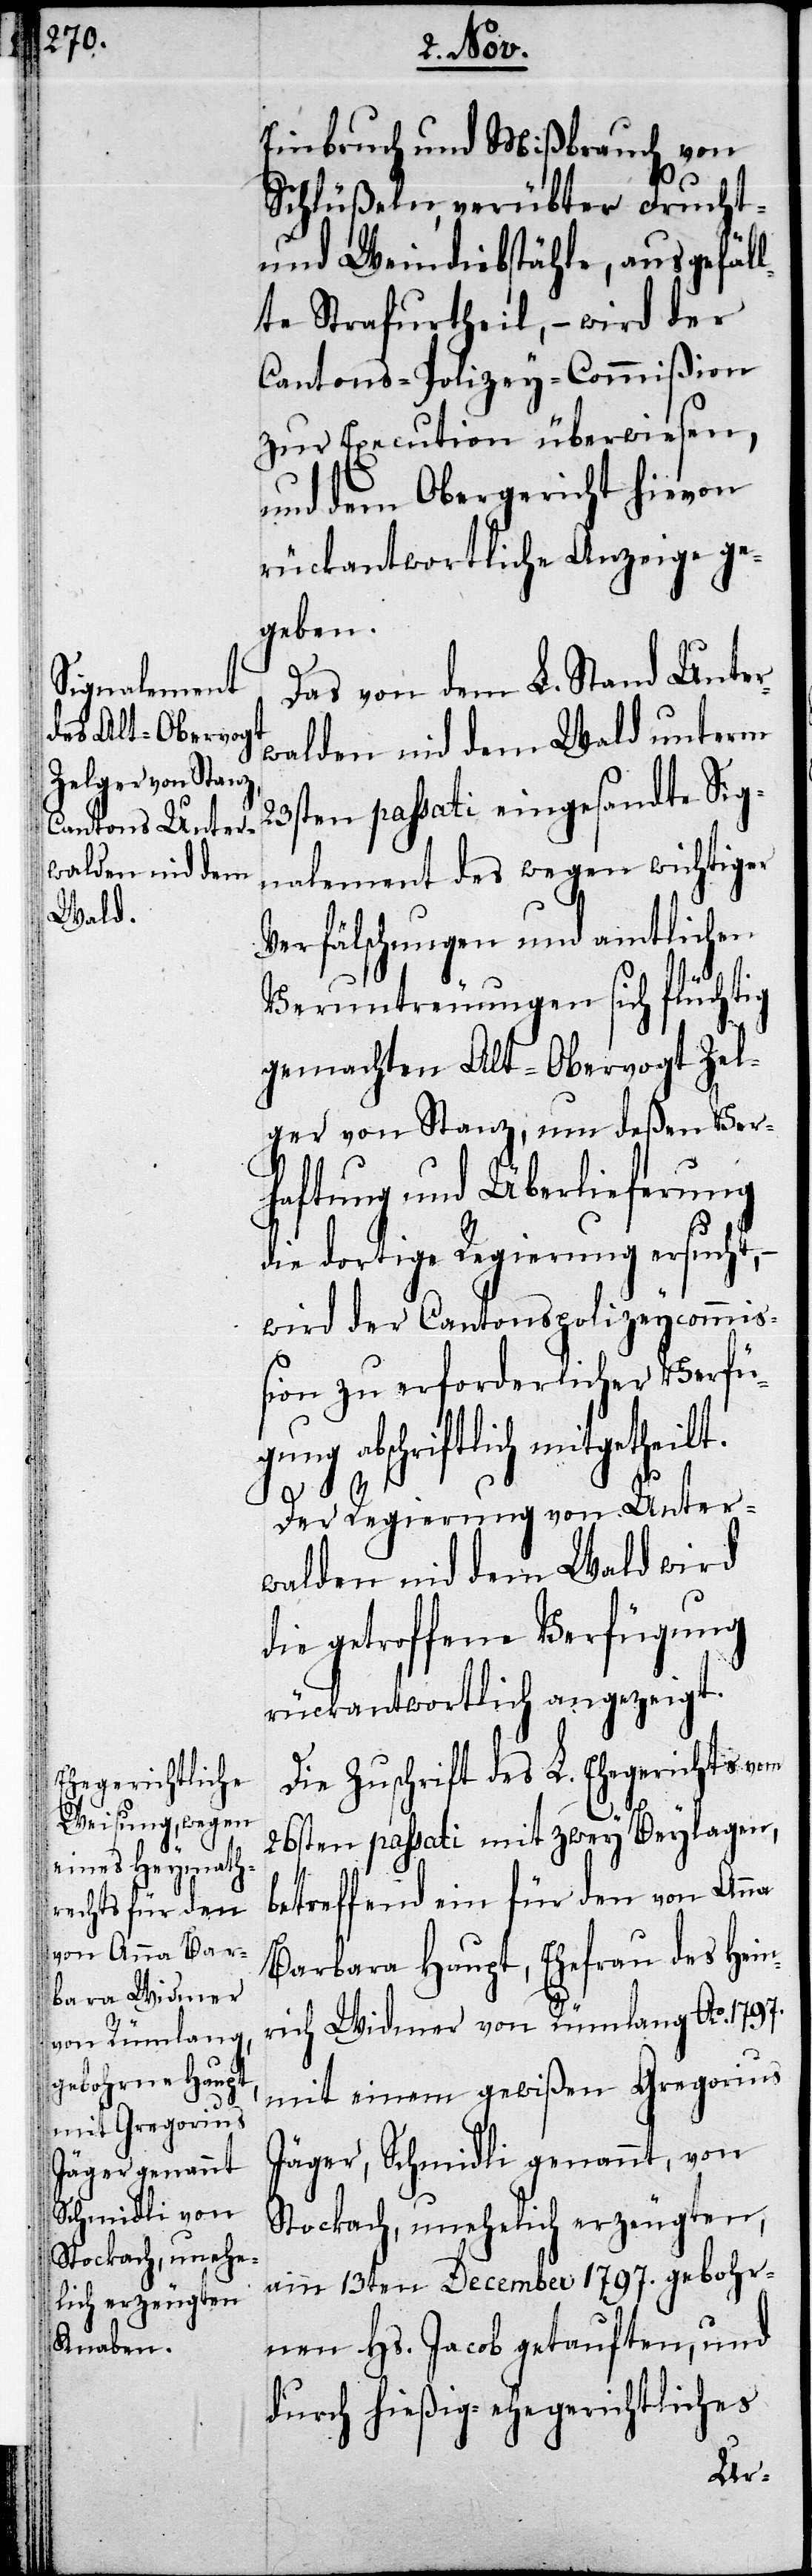
Einbruch und Mißbrauch von
Schlüßeln verübter Frucht-
und Weindiebstähle, ausgefäl¬
lte Strafurtheil, – wird der
Cantons-Polizey-Commißion
zur Execution überwiesen,
und dem Obergericht hievon
rückantwortlich Anzeige ge¬
geben.
Das von dem L. Stand Unter¬
walden nid dem Wald unterm
23sten passati eingesandte Sig¬
nalement des wegen wichtiger
Verfälschungen und amtlichen
Veruntreuungen sich flüchtig
gemachten Alt-Obervogt Zel¬
ger von Stanz, um deßen Ver¬
haftung und Überlieferung
die dortige Regierung ersucht,
wird der Cantonspolizeycommiß¬
ion zu erforderlicher Verfü¬
gung abschriftlich mitgetheilt.
Der Regierung von Unter¬
walden nid dem Wald wird
die getroffene Verfügung
rückantwortlich angezeigt.
Die Zuschrift des L. Ehegerichts vom
26sten passati mit zwey Beylagen,
betreffend ein für den von Anna
Barbara Haupt, Ehefrau des Hein¬
rich Widmer von Rümlang Ao. 1797.
mit einem gewißen Gregorius
Jäger, Schmidli genannt, von
Stockach, unehelich erzeugten,
am 13ten December 1797. gebohr¬
nen Hs. Jacob getauften, und
durch hießig-ehegerichtliches